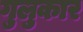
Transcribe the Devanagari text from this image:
गुलुकार